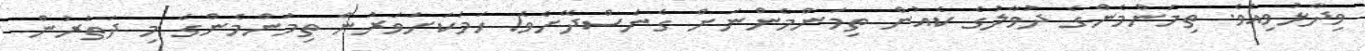
ވިދާޅުވިއެވެ. ތިމަންމެންގެ ދުވާލުގެ ކެއުން ތިމަންމެންނަށް ގެނެސްދޭށެވެ! ހަމަކަށަވަރުން ތިމަންމެންގެ މި ދަތުރުން